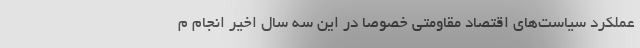
عملکرد سیاست‌های اقتصاد مقاومتی خصوصاً در این سه سال اخیر انجام م